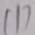
1 1 7